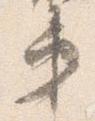
第